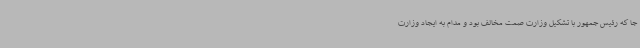
جا که رئیس جمهور با تشکیل وزارت صمت مخالف بود و مدام به ایجاد وزارت